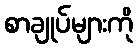
စာချုပ်များကို